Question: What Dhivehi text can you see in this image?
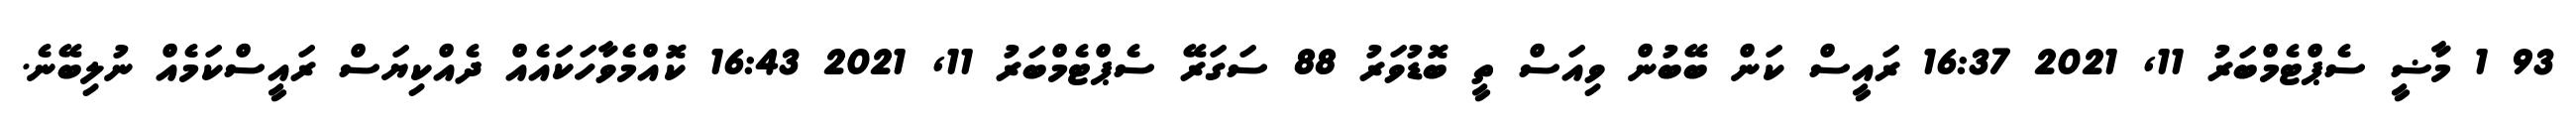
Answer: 93 1 މާޟީ ސެޕްޓެމްބަރު 11, 2021 16:37 ރައީސް ކަން ބޭބުން ވިއަސް ތީ ބޮޑުވަރު 88 ސަގަރޭ ސެޕްޓެމްބަރު 11, 2021 16:43 ކޮއްމެވާހަކައެއް ދެއްކިޔަސް ރައީސްކަމެއް ނުލިބޭނެ.